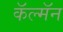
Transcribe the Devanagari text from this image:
कॅल्मॅन